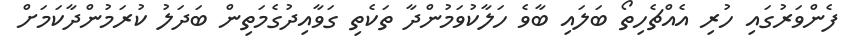
ފެންވަރުގައި ހުރި އެއްޗެހިތޯ ބަލައި ބާވެ ހަލާކުވަމުންދާ ތަކެތި ގަވާއިދުގެމަތިން ބަދަލު ކުރަމުންދާކަމަށް